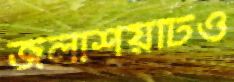
জলাশয়টিও